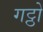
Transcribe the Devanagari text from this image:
गट्ठो